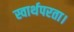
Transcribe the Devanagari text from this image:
स्वार्थपरता।